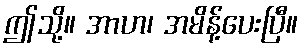
ဤသို့။ အာဟ၊ အမိန့်ပေးပြီ။